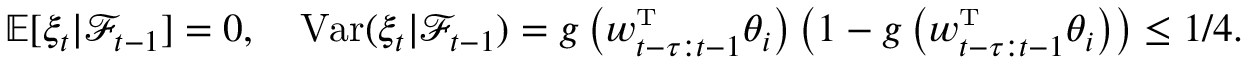
\mathbb { E } [ \xi _ { t } | \mathcal { F } _ { t - 1 } ] = 0 , \quad \mathrm { V a r } ( \xi _ { t } | \mathcal { F } _ { t - 1 } ) = g \left( w _ { t - \tau : t - 1 } ^ { \mathrm { \scriptscriptstyle T } } \theta _ { i } \right) \left( 1 - g \left( w _ { t - \tau : t - 1 } ^ { \mathrm { \scriptscriptstyle T } } \theta _ { i } \right) \right) \leq 1 / 4 .